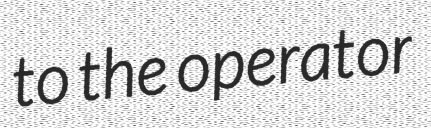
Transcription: to the operator